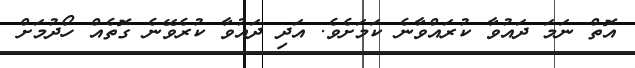
އޮތް ނަމަ ދައުވާ ކުރައްވާނެ ކަމަށެވެ. އަދި ދައުވާ ކުރެވޭނެ ގޮތެއް ހޯދުމަށް